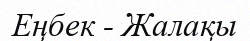
Еңбек - Жалақы